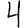
Digit: 4